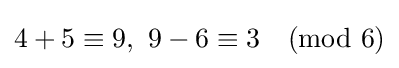
4+5\equiv 9,\ 9-6\equiv 3{\pmod {6}}